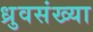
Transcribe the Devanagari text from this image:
ध्रुवसंख्या